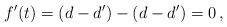
LaTeX: \begin{align*} f'(t)=(d-d')-(d-d')=0\, ,\end{align*}